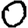
Digit: 0